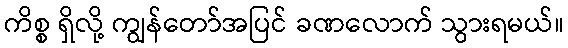
ကိစ္စ ရှိလို့ ကျွန်တော်အပြင် ခဏလောက် သွားရမယ်။